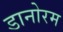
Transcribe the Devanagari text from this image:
डानोरम